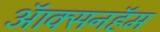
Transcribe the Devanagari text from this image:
ऑक्सनहॅम